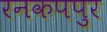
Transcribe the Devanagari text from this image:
रनकपपुर